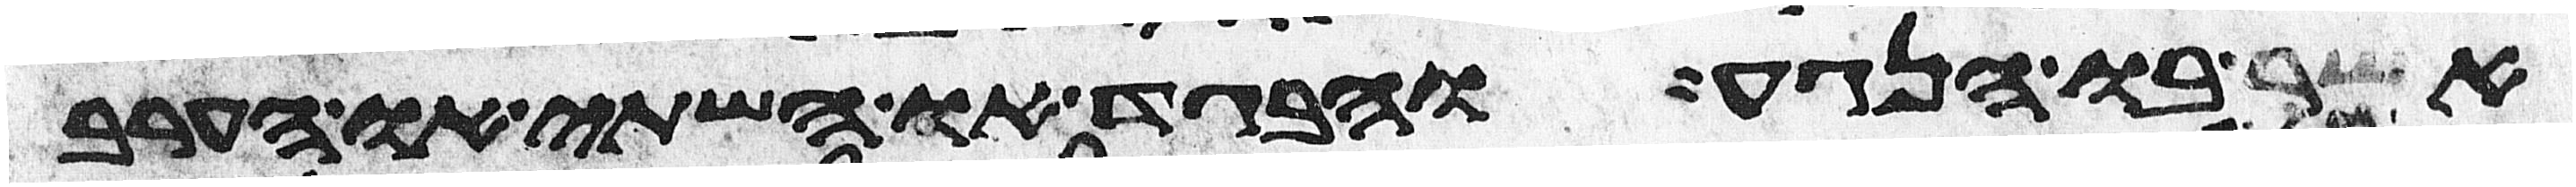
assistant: אשר בו הנגע והבגד או השתי או הערב